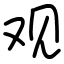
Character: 观